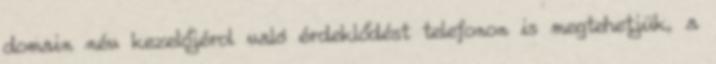
domain név kezelőjérol való érdeklődést telefonon is megtehetjük, a